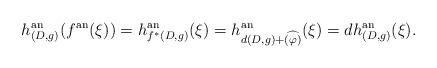
LaTeX: \begin{align*}h^{\mathrm{an}}_{(D, g)}(f^{\mathrm{an}}(\xi)) = h^{\mathrm{an}}_{f^*(D, g)}(\xi) = h^{\mathrm{an}}_{d(D, g) + \widehat{(\varphi)}}(\xi)= d h^{\mathrm{an}}_{(D, g)}(\xi).\end{align*}